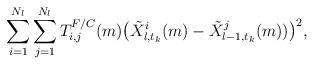
LaTeX: \begin{align*}\sum^{N_{l}}_{i=1}\sum^{N_{l}}_{j=1}T^{F/C}_{i,j}(m)\big(\tilde{X}_{l,t_{k}}^{i}(m)-\tilde{X}_{l-1,t_{k}}^{j}(m))\big)^{2},\end{align*}